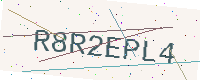
Text: R8R2EPL4